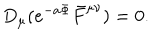
D _ { \mu } ( e ^ { - a \Phi } \bar { F } ^ { \mu \nu } ) = 0 .